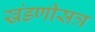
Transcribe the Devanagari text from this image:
खंडणीसत्र